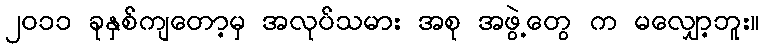
၂၀၁၁ ခုနှစ်ကျတော့မှ အလုပ်သမား အစု အဖွဲ့တွေ က မလျှော့ဘူး။